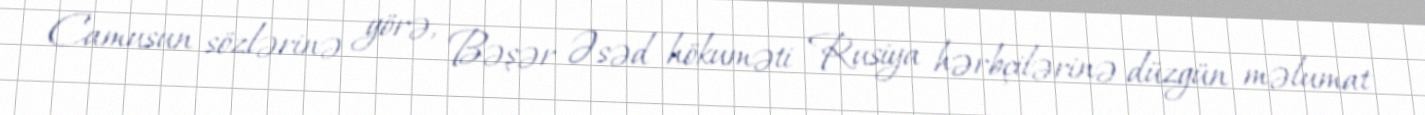
Camusun sözlərinə görə, Bəşər Əsəd hökuməti Rusiya hərbçilərinə düzgün məlumat